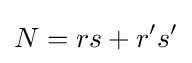
N=rs+r's'